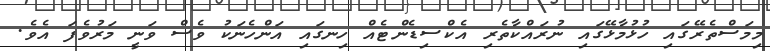
މިމަސްތެރޭގައި ހުޅުމާޅޭގައި ނުރައްކާތެރި އެކްސިޑެންޓެއް ހިނގައި އަންހެނަކު ވެސް ވަނީ މަރުވެފަ އެވެ.